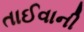
તાઈવાની